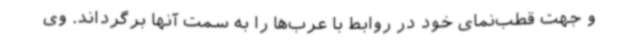
و جهت قطب‌نمای خود در روابط با عرب‌ها را به سمت آنها برگرداند. وی